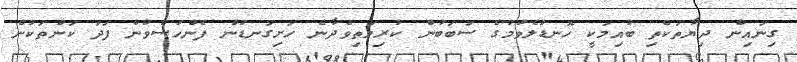
ގިނައިން ދިޔާތަކެތި ބުއިމަކީ ހޮނޑުލެވުމުގެ ސަބަބުން ކުރިމަތިވެދާނެ ހަށިގަނޑުން ފެންހުސްވުން ފަދަ ކަންތަކުން